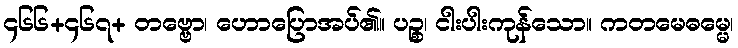
၄၆၆+၄၆၇+ တဗ္ဗော၊ ဟောပြောအပ်၏။ ပဉ္စ၊ ငါးပါးကုန်သော။ ကတမေဓမ္မေ၊